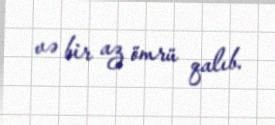
və bir az ömrü qalıb.